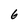
Character: 6